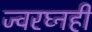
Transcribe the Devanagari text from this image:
ज्वरघ्नही